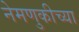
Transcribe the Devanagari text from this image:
नेमणुकीच्या